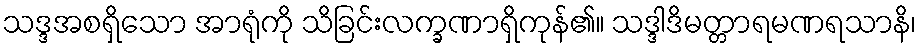
သဒ္ဒအစရှိသော အာရုံကို သိခြင်းလက္ခဏာရှိကုန်၏။ သဒ္ဒါဒိမတ္တာရမဏရသာနိ၊